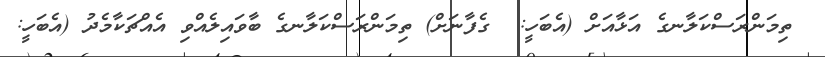
ތިމަންރަސްކަލާނގެ އަޅާއަށް (އެބަހީ:  ގެފާނަށް) ތިމަންރަސްކަލާނގެ ބާވައިލެއްވި އެއްޗަކާމެދު (އެބަހީ: